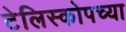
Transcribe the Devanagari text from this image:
टेलिस्कोपच्या